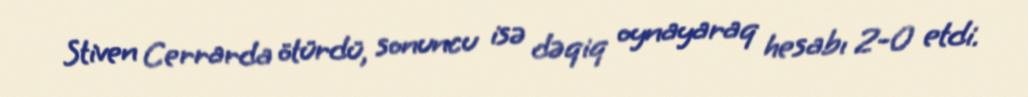
Stiven Cerrarda ötürdü, sonuncu isə dəqiq oynayaraq hesabı 2-0 etdi.